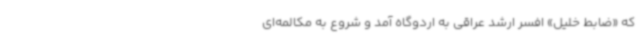
که «ضابط خلیل» افسر ارشد عراقی به اردوگاه آمد و شروع به مکالمه‌ای